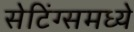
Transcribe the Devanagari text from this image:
सेटिंग्समध्ये